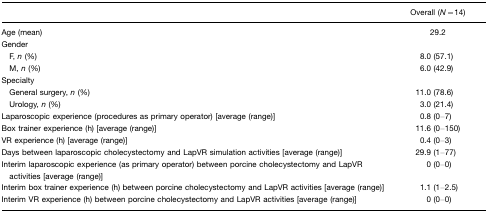
<table><thead><tr><td></td><td><b>Overall (<i>N</i>=14)</b></td></tr></thead><tbody><tr><td>Age (mean)</td><td>29.2</td></tr><tr><td>Gender</td><td></td></tr><tr><td> F, <i>n</i> (%)</td><td>8.0 (57.1)</td></tr><tr><td> M, <i>n</i> (%)</td><td>6.0 (42.9)</td></tr><tr><td>Specialty</td><td></td></tr><tr><td> General surgery, <i>n</i> (%)</td><td>11.0 (78.6)</td></tr><tr><td> Urology, <i>n</i> (%)</td><td>3.0 (21.4)</td></tr><tr><td>Laparoscopic experience (procedures as primary operator) [average (range)]</td><td>0.8 (0–7)</td></tr><tr><td>Box trainer experience (h) [average (range)]</td><td>11.6 (0–150)</td></tr><tr><td>VR experience (h) [average (range)]</td><td>0.4 (0–3)</td></tr><tr><td>Days between laparoscopic cholecystectomy and LapVR simulation activities [average (range)]</td><td>29.9 (1–77)</td></tr><tr><td>Interim laparoscopic experience (as primary operator) between porcine cholecystectomy and LapVR activities [average (range)]</td><td>0 (0–0)</td></tr><tr><td>Interim box trainer experience (h) between porcine cholecystectomy and LapVR activities [average (range)]</td><td>1.1 (1–2.5)</td></tr><tr><td>Interim VR experience (h) between porcine cholecystectomy and LapVR activities [average (range)]</td><td>0 (0–0)</td></tr></tbody></table>